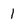
Character: 1